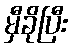
မှီခိုပြီး